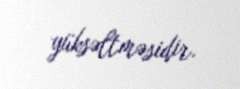
yüksəltməsidir.